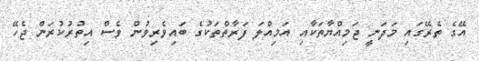
އޭގެ ތެރޭގައި މަދަނީ ޖަމިއްޔާތަކާއި އަމިއްލަ ފަރާތްތަކުގެ ބައިވެރިވުން ވެސް އިތުރުކުރަން ޖެހޭ